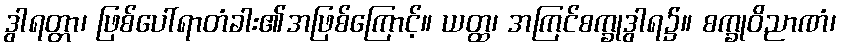
ဒွါရတ္တာ၊ ဖြစ်ပေါ်ရာတံခါး၏အဖြစ်ကြောင့်။ ယတ္ထ၊ အကြင်စက္ခုဒွါရ၌။ စက္ခုဝိညာဏံ၊